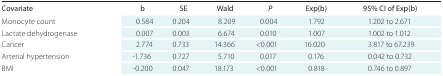
| Covariate | b | SE | Wald | P | Exp(b) | 95% CI of Exp(b) |
 | --- | --- | --- | --- | --- | --- | --- |
 | Monocyte count | 0.584 | 0.204 | 8.209 | 0.004 | 1.792 | 1.202 to 2.671 |
 | Lactate dehydrogenase | 0.007 | 0.003 | 6.674 | 0.010 | 1.007 | 1.002 to 1.012 |
 | Cancer | 2.774 | 0.733 | 14.366 | <0.001 | 16.020 | 3.817 to 67.239 |
 | Arterial hypertension | -1.736 | 0.727 | 5.710 | 0.017 | 0.176 | 0.042 to 0.732 |
 | BMI | -0.200 | 0.047 | 18.173 | <0.001 | 0.818 | 0.746 to 0.897 |